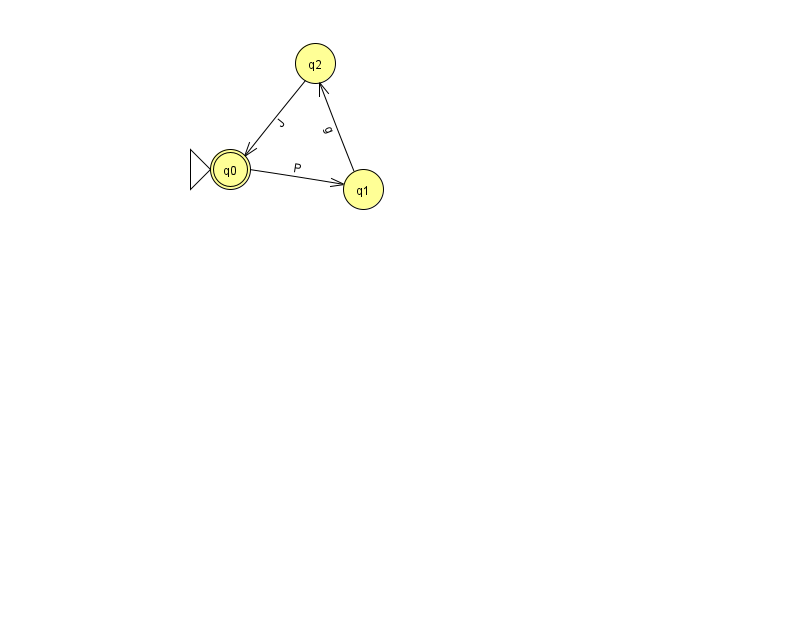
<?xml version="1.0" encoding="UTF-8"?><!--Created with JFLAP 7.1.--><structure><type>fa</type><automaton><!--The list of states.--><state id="0" name="q0"><x>230.0</x><y>156.0</y><initial/><final/></state><state id="1" name="q1"><x>363.0</x><y>176.0</y></state><state id="2" name="q2"><x>315.0</x><y>50.0</y></state><!--The list of transitions.--><transition><from>1</from><to>2</to><read>g</read></transition><transition><from>0</from><to>1</to><read>P</read></transition><transition><from>2</from><to>0</to><read>J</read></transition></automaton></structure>